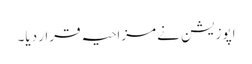
اپوزیشن نے مزاحیہ قرار دیا۔